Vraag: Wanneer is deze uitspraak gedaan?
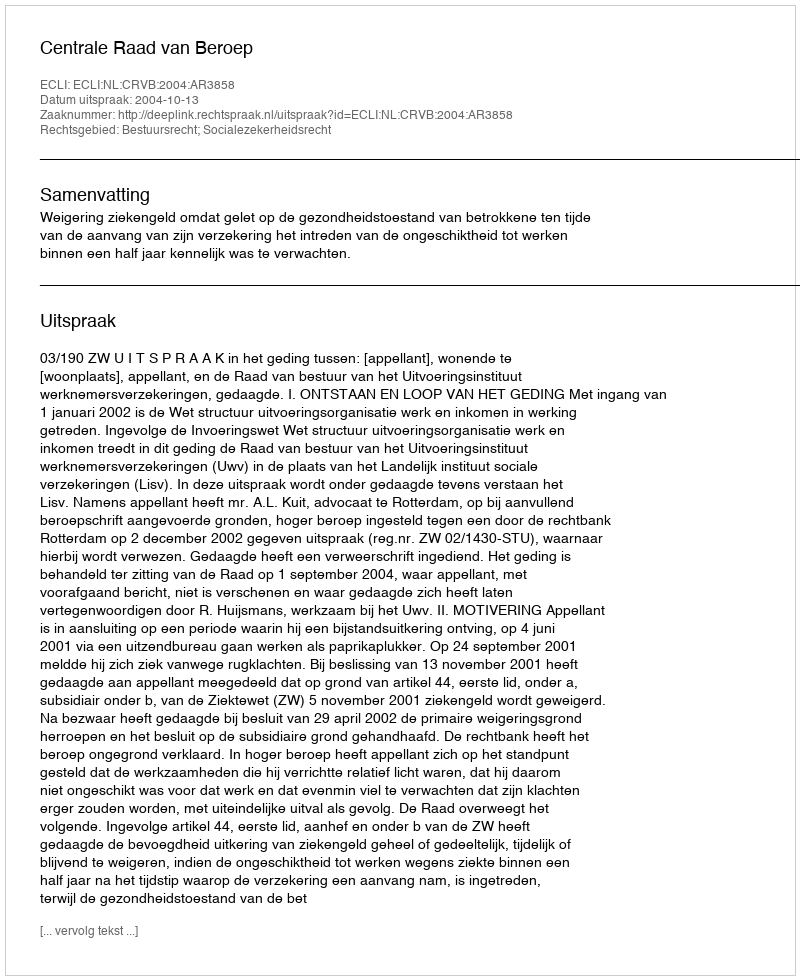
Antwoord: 2004-10-13